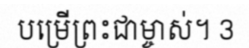
បម្រើព្រះជាម្ចាស់។ 3